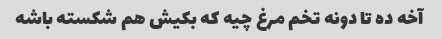
آخه ده تا دونه تخم مرغ چیه که بکیش هم شکسته باشه